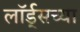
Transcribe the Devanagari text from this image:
लॉर्ड्‌सच्या